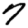
Digit: 7